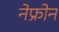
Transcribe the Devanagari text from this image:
नेफ्रोन